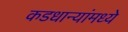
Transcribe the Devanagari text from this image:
कडधान्यांमध्ये